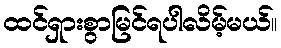
ထင်ရှားစွာမြင်ရပါလိမ့်မယ်။